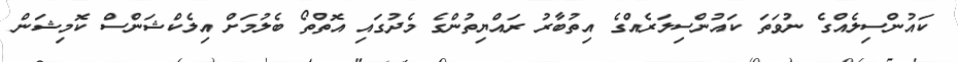
ކައުންސިލެއްގެ ނުވަތަ ކައުންސިލަރެއްގެ އިތުބާރު ރައްޔިތުންގެ މެދުގައި އޮތްތޯ ބެލުމަށް އިލެކްޝަންސް ކޮމިޝަން